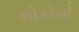
લોકોનો